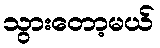
သွားတော့မယ်